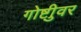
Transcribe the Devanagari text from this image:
गोष्टीुवर